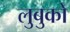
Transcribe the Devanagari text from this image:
लुबुको